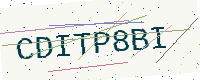
Text: CDITP8BI